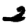
Digit: 2